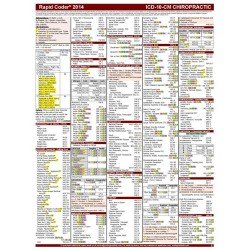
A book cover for ICD-10 2014 Rapid Coder for Chiropractic; The Coding Institute; Medical Books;